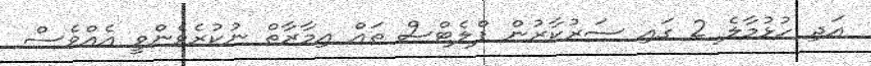
އަދި ހުޅުމާލެ 2 ގައި ސަރުކާރުން ފްލެޓްސް ތައް އިމާރާތް ނުކުރެވެންވީ އެއްވެސް